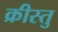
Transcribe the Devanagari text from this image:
क्रीस्तु